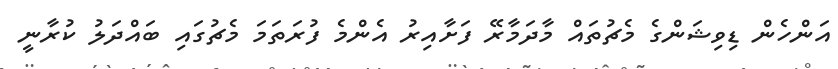
އަންހެން ޑިވިޝަންގެ މެޗުތައް މާދަމާރޭ ފަށާއިރު އެންމެ ފުރަތަމަ މެޗުގައި ބައްދަލު ކުރާނީ